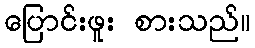
ပြောင်းဖူး စားသည်။